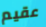
عقيم